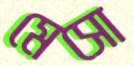
মেসো